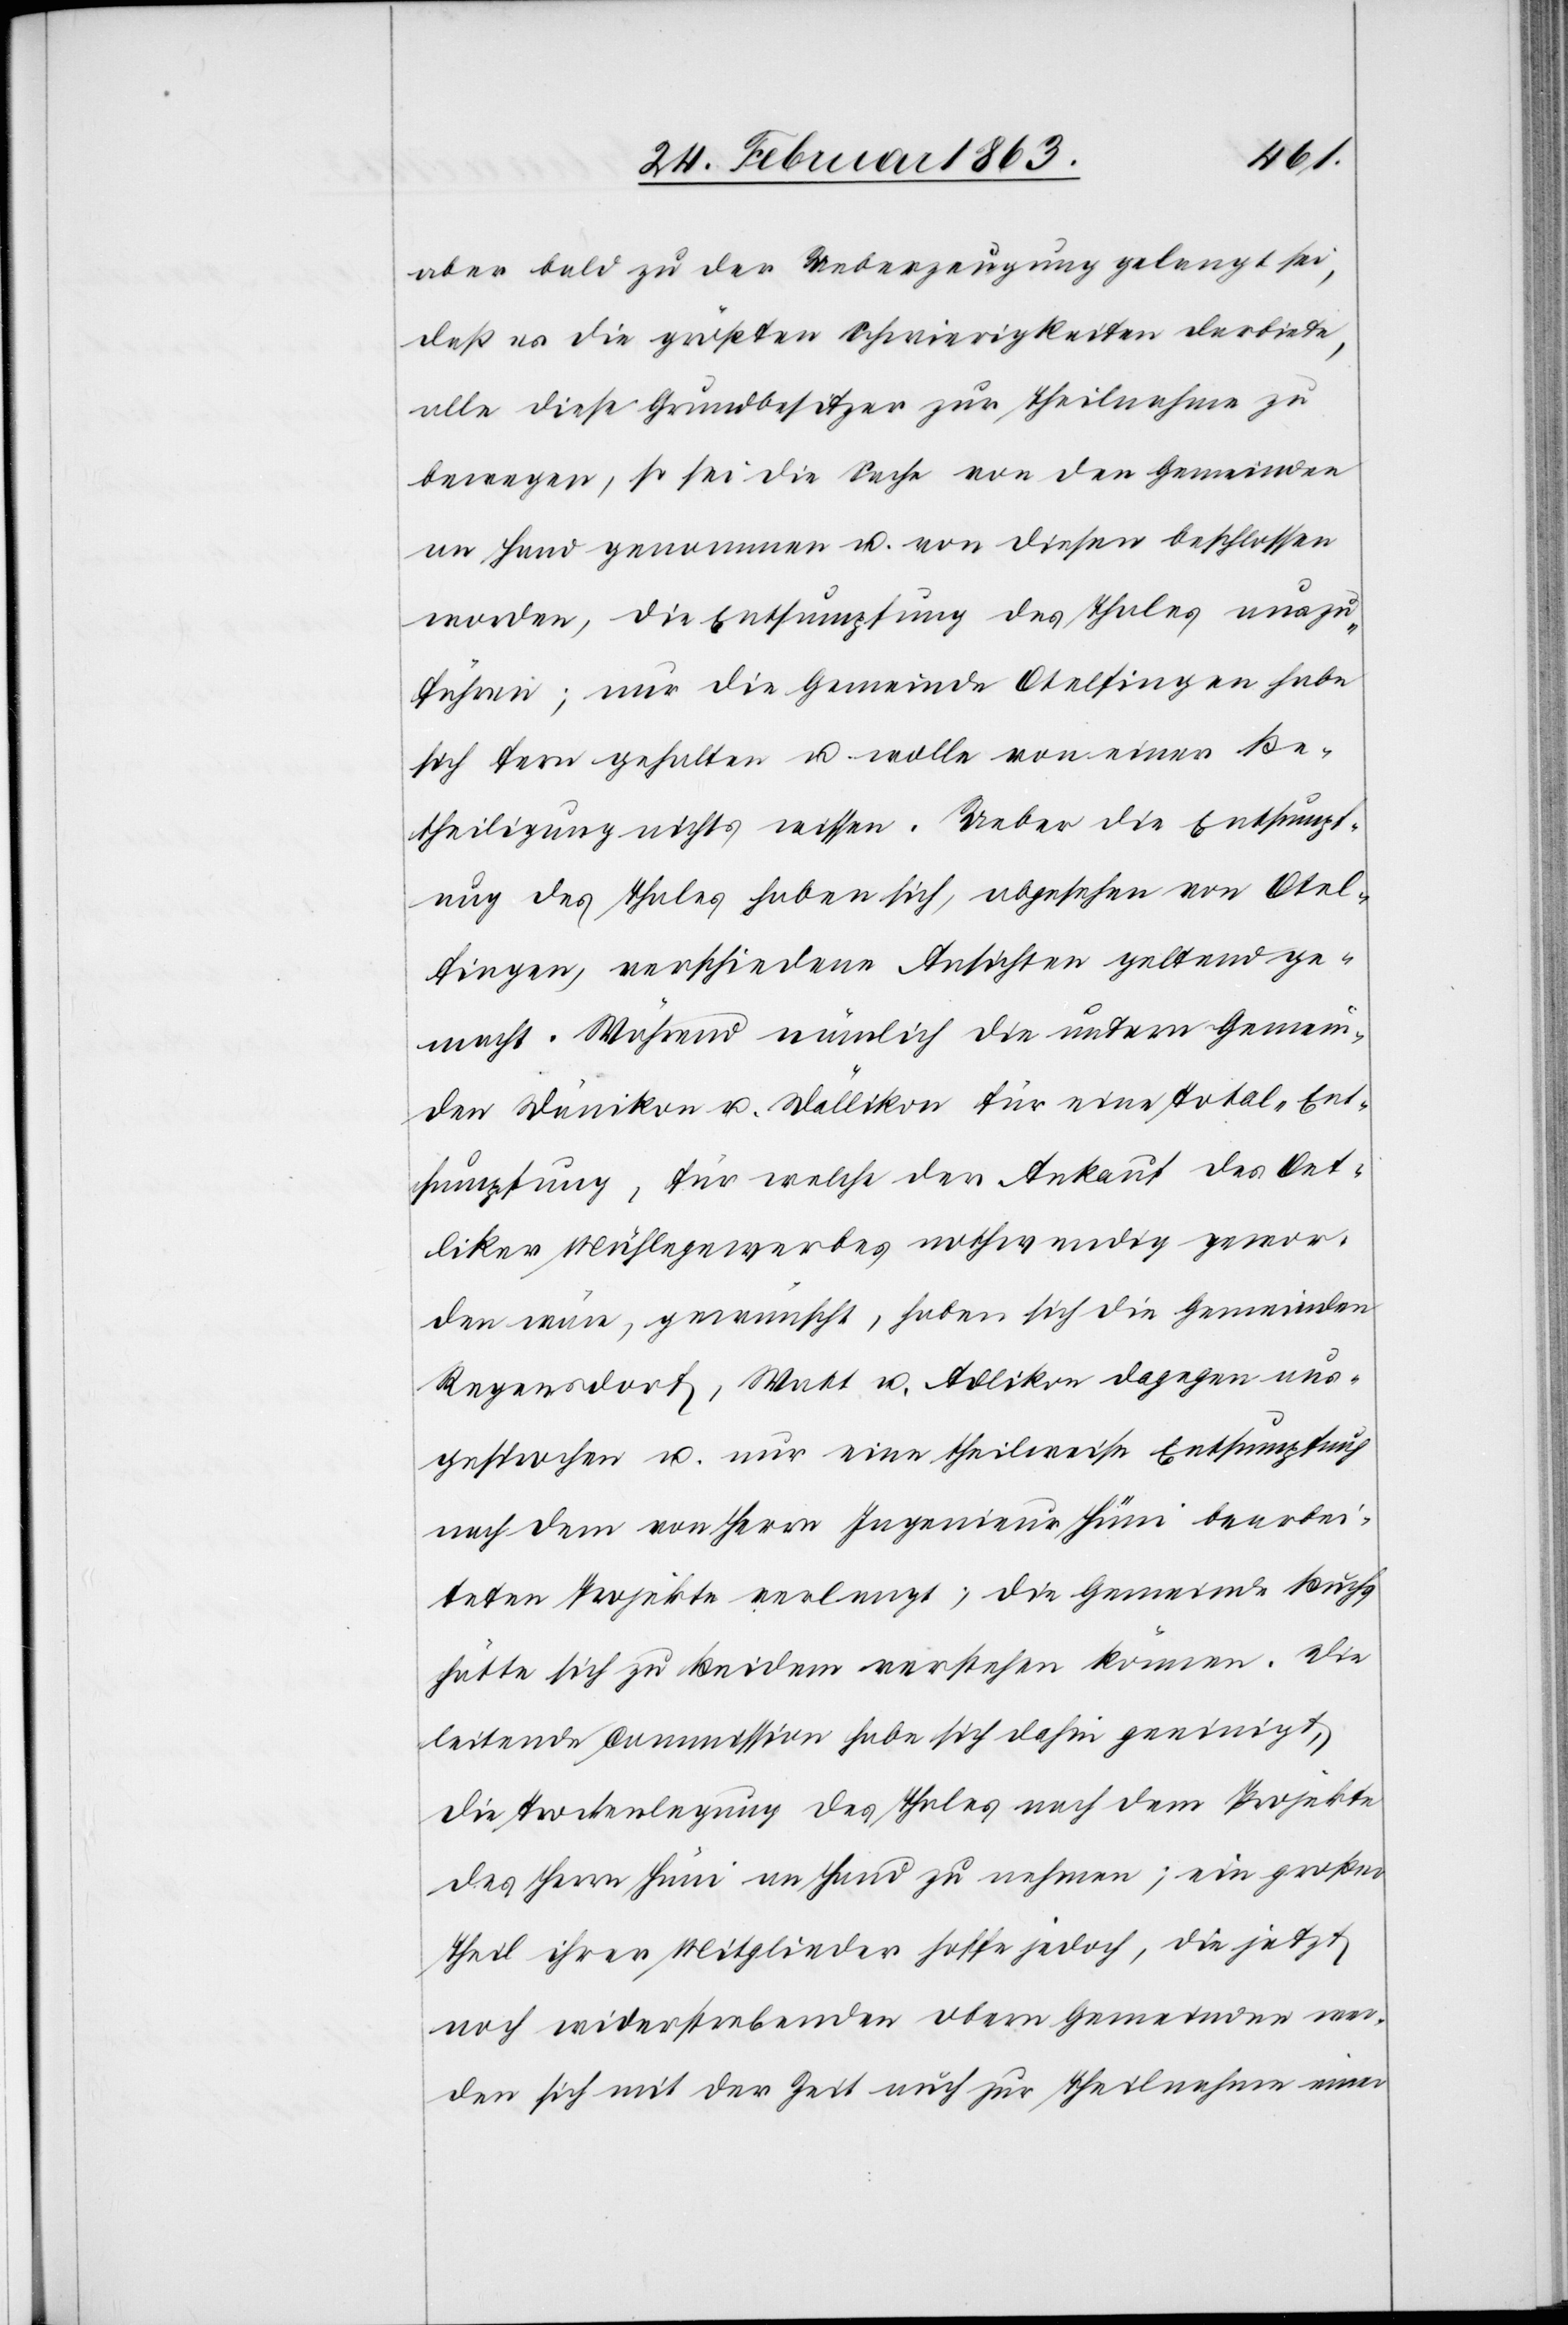
aber bald zu der Ueberzeugung gelangt sei,
daß es die größten Schwierigkeiten darbiete,
alle diese Grundbesitzer zur Theilnahme zu
bewegen, so sei die Sache von den Gemeinden
an Hand genommen u. von diesen beschlossen
worden, die Entsumpfung des Thales auszu¬
führen; nur die Gemeinde Otelfingen habe
sich fern gehalten u. wolle von einer Be¬
theiligung nichts wissen. Ueber die Entsumpf¬
ung des Thales haben sich, abgesehen von Otel¬
fingen, verschiedene Ansichten gelten ge¬
macht. Während nämlich die untern Gemein¬
den Dänikon u. Dällikon für eine Total-Ent¬
sumpfung, für welche der Ankauf des Oet¬
liker Mühlegewerbes nothwendig gewor¬
den wäre, gewünscht, haben sich die Gemeinden
Regensdorf, Watt u. Adlikon dagegen aus¬
gesprochen u. nur eine theilweise Entsumpfung
nach dem von Herrn Ingenieur Hüni bearbei¬
teten Projekte verlangt; die Gemeinde Buchs
hätte sich zu Beidem verstehen können. Die
leitende Commission habe sich dahin geeinigt,
die Trockenlegung des Thales nach dem Projekte
des Herrn Hüni an Hand zu nehmen; ein großer
Theil ihrer Mitglieder hoffe jedoch, die jetzt
noch widerstrebenden obern Gemeinden wer¬
den sich mit der Zeit auch zur Theilnahme einer